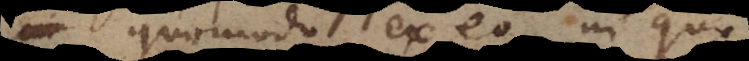
quomodo ex eo in quo